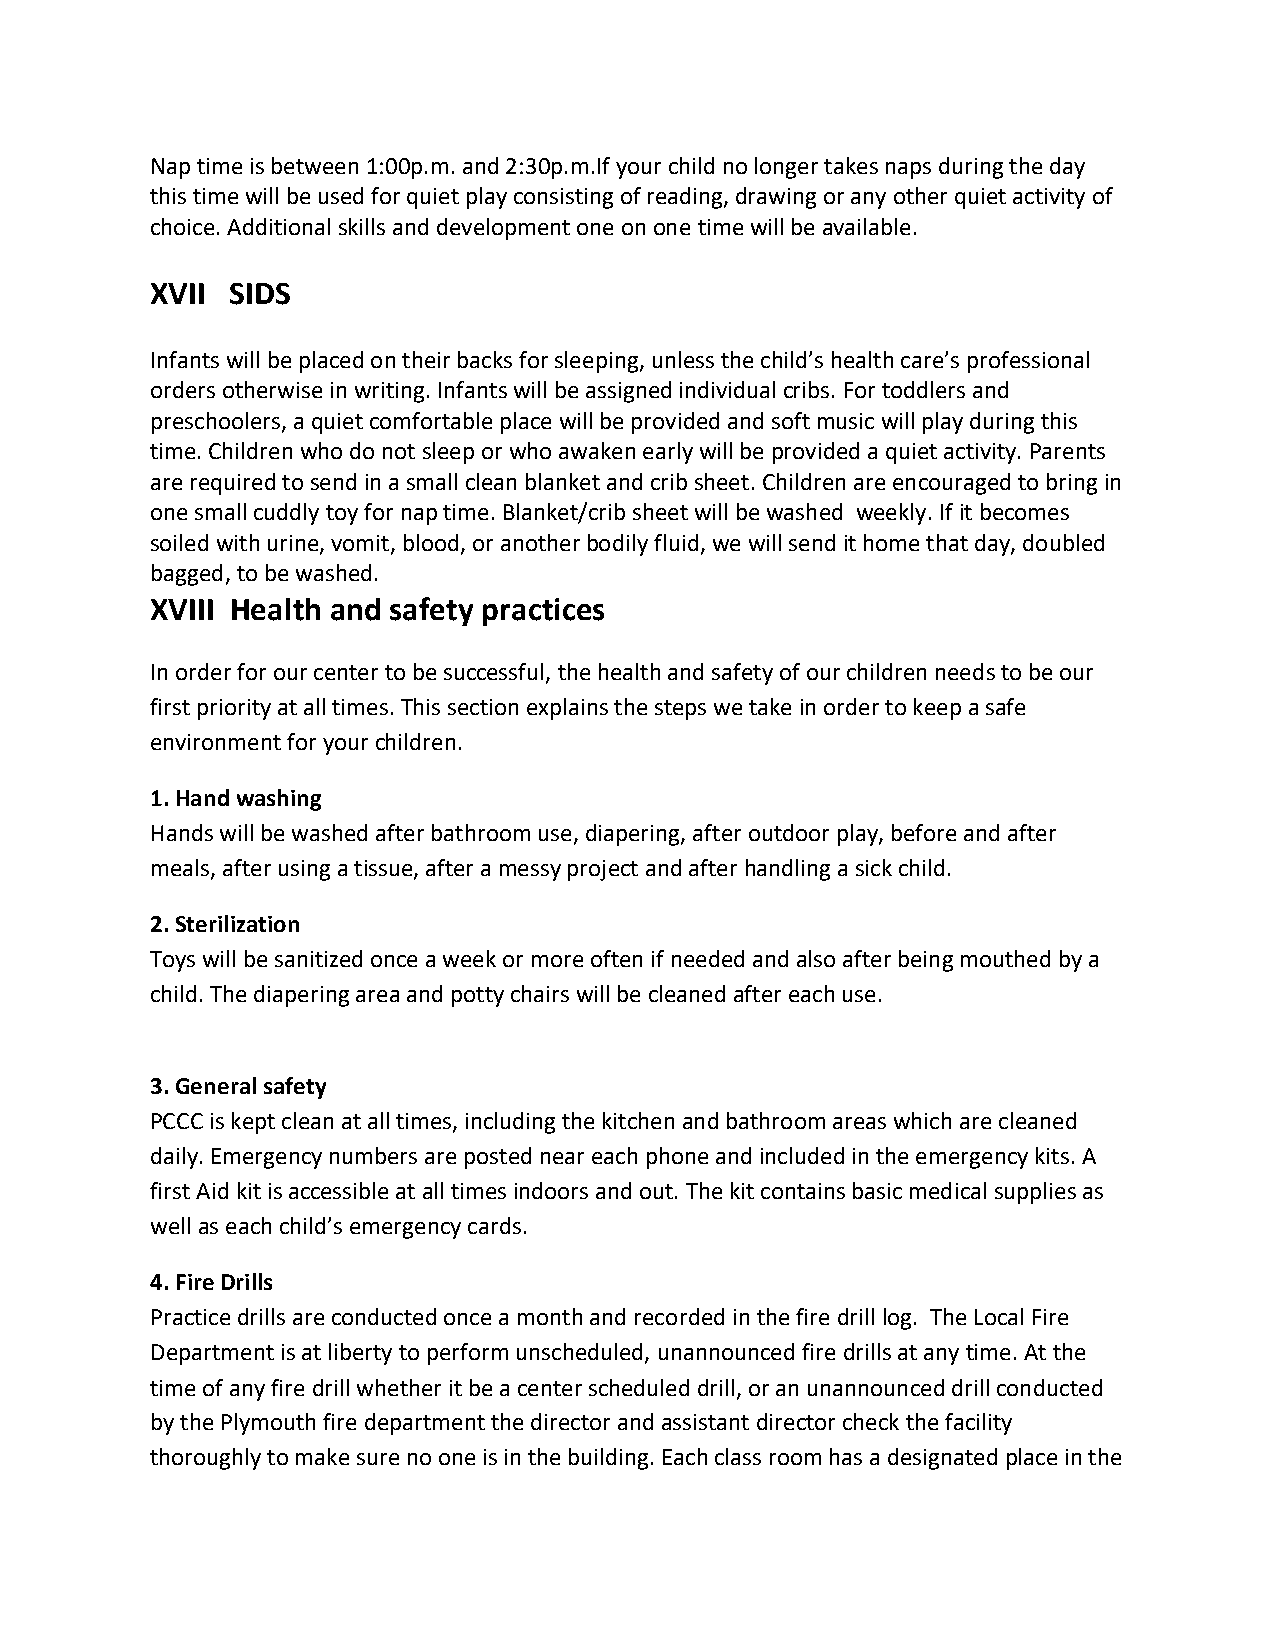
Nap time is between 1:00p.m. and 2:30p.m.If your child no longer takes naps during the day
 this time will be used for quiet play consisting of reading, drawing or any other quiet activity of
 choice. Additional skills and development one on one time will be available.
 XVII SIDS
 Infants will be placed on their backs for sleeping, unless the child’s health care’s professional
 orders otherwise in writing. Infants will be assigned individual cribs. For toddlers and
 preschoolers, a quiet comfortable place will be provided and soft music will play during this
 time. Children who do not sleep or who awaken early will be provided a quiet activity. Parents
 are required to send in a small clean blanket and crib sheet. Children are encouraged to bring in
 one small cuddly toy for nap time. Blanket/crib sheet will be washed weekly. If it becomes
 soiled with urine, vomit, blood, or another bodily fluid, we will send it home that day, doubled
 bagged, to be washed.
 XVIII Health and safety practices
 In order for our center to be successful, the health and safety of our children needs to be our
 first priority at all times. This section explains the steps we take in order to keep a safe
 environment for your children.
 1. Hand washing
 Hands will be washed after bathroom use, diapering, after outdoor play, before and after
 meals, after using a tissue, after a messy project and after handling a sick child.
 2. Sterilization
 Toys will be sanitized once a week or more often if needed and also after being mouthed by a
 child. The diapering area and potty chairs will be cleaned after each use.
 3. General safety
 PCCC is kept clean at all times, including the kitchen and bathroom areas which are cleaned
 daily. Emergency numbers are posted near each phone and included in the emergency kits. A
 first Aid kit is accessible at all times indoors and out. The kit contains basic medical supplies as
 well as each child’s emergency cards.
 4. Fire Drills
 Practice drills are conducted once a month and recorded in the fire drill log. The Local Fire
 Department is at liberty to perform unscheduled, unannounced fire drills at any time. At the
 time of any fire drill whether it be a center scheduled drill, or an unannounced drill conducted
 by the Plymouth fire department the director and assistant director check the facility
 thoroughly to make sure no one is in the building. Each class room has a designated place in the